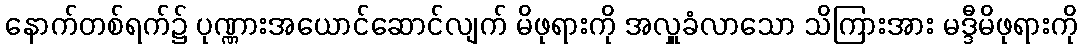
နောက်တစ်ရက်၌ ပုဏ္ဏားအယောင်ဆောင်လျက် မိဖုရားကို အလှူခံလာသော သိကြားအား မဒ္ဒီမိဖုရားကို